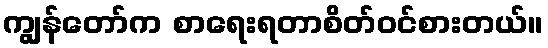
ကျွန်တော်က စာရေးရတာစိတ်ဝင်စားတယ်။